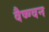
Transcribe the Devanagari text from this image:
वैष्ण्वन